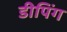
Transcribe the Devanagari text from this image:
डीपिंग